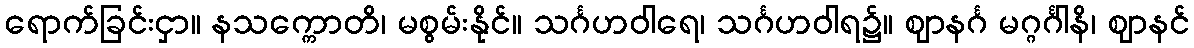
ရောက်ခြင်းငှာ။ နသက္ကောတိ၊ မစွမ်းနိုင်။ သင်္ဂဟဝါရေ၊ သင်္ဂဟဝါရ၌။ ဈာနင်္ဂ မဂ္ဂင်္ဂါနိ၊ ဈာနင်